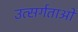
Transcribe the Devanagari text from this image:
उत्सर्गताओं